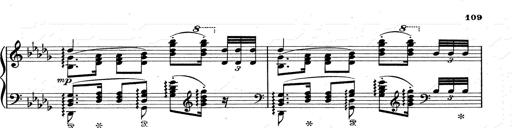
Title: Walhall aus Der Ring des Nibelungen
Composer: Franz Liszt